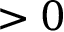
> 0